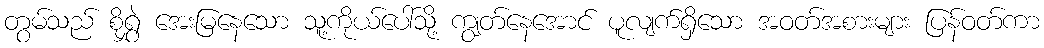
တွမ်သည် စိုရွှဲ အေးမြနေသော သူ့ကိုယ်ပေါ်သို့ ကျွတ်နေအောင် ပူလျက်ရှိသော အဝတ်အစားများ ပြန်ဝတ်ကာ